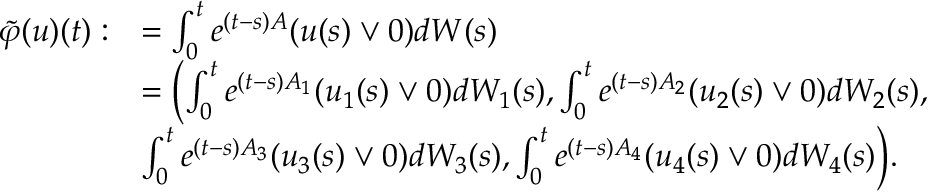
\begin{array} { r l } { \tilde { \varphi } ( u ) ( t ) : } & { = \int _ { 0 } ^ { t } e ^ { ( t - s ) A } ( u ( s ) \vee 0 ) d W ( s ) } \\ & { = \Bigl ( \int _ { 0 } ^ { t } e ^ { ( t - s ) A _ { 1 } } ( u _ { 1 } ( s ) \vee 0 ) d W _ { 1 } ( s ) , \int _ { 0 } ^ { t } e ^ { ( t - s ) A _ { 2 } } ( u _ { 2 } ( s ) \vee 0 ) d W _ { 2 } ( s ) , } \\ & { \int _ { 0 } ^ { t } e ^ { ( t - s ) A _ { 3 } } ( u _ { 3 } ( s ) \vee 0 ) d W _ { 3 } ( s ) , \int _ { 0 } ^ { t } e ^ { ( t - s ) A _ { 4 } } ( u _ { 4 } ( s ) \vee 0 ) d W _ { 4 } ( s ) \Bigr ) . } \end{array}